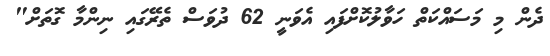
ދެން މި މަސައްކަތް ހަވާލުކޮށްފައި އެވަނީ 62 ދުވަސް ތެރޭގައި ނިންމާ ގޮތަށް"